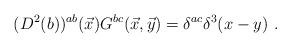
LaTeX: \begin{align*}(D^2(b))^{ab}({\vec x})G^{bc}(\vec x,\vec y)=\delta^{ac}\delta^3(x-y)~.\end{align*}